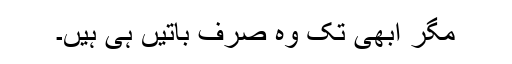
مگر ابھی تک وہ صرف باتیں ہی ہیں۔